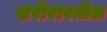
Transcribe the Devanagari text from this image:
शरीरारतील